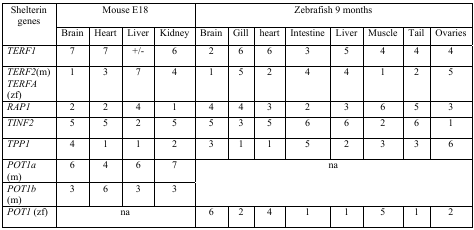
<table><thead><tr><td rowspan="2"><b>Shelterin genes</b></td><td colspan="4"><b>Mouse E18</b></td><td colspan="8"><b>Zebrafish 9 months</b></td></tr><tr><td><b>Brain</b></td><td><b>Heart</b></td><td><b>Liver</b></td><td><b>Kidney</b></td><td><b>Brain</b></td><td><b>Gill</b></td><td><b>heart</b></td><td><b>Intestine</b></td><td><b>Liver</b></td><td><b>Muscle</b></td><td><b>Tail</b></td><td><b>Ovaries</b></td></tr></thead><tbody><tr><td><i>TERF1</i></td><td>7</td><td>7</td><td>+/−</td><td>6</td><td>2</td><td>6</td><td>6</td><td>3</td><td>5</td><td>4</td><td>4</td><td>4</td></tr><tr><td><i>TERF2</i>(m) <i>TERFA</i> (zf)</td><td>1</td><td>3</td><td>7</td><td>4</td><td>1</td><td>5</td><td>2</td><td>4</td><td>4</td><td>1</td><td>2</td><td>5</td></tr><tr><td><i>RAP1</i></td><td>2</td><td>2</td><td>4</td><td>1</td><td>4</td><td>4</td><td>3</td><td>2</td><td>3</td><td>6</td><td>5</td><td>3</td></tr><tr><td><i>TINF2</i></td><td>5</td><td>5</td><td>2</td><td>5</td><td>5</td><td>3</td><td>5</td><td>6</td><td>6</td><td>2</td><td>6</td><td>1</td></tr><tr><td><i>TPP1</i></td><td>4</td><td>1</td><td>1</td><td>2</td><td>3</td><td>1</td><td>1</td><td>5</td><td>2</td><td>3</td><td>3</td><td>6</td></tr><tr><td><i>POT1a</i> (m)</td><td>6</td><td>4</td><td>6</td><td>7</td><td colspan="8" rowspan="2">na</td></tr><tr><td><i>POT1b</i> (m)</td><td>3</td><td>6</td><td>3</td><td>3</td></tr><tr><td><i>POT1</i> (zf)</td><td colspan="4">Na</td><td>6</td><td>2</td><td>4</td><td>1</td><td>1</td><td>5</td><td>1</td><td>2</td></tr></tbody></table>